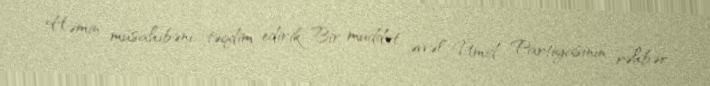
Həmin müsahibəni təqdim edirik:-Bir müddət əvvəl Ümid Partiyasının rəhbər